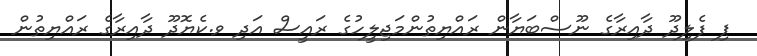
ޕި ފެލިދޫ ދާއިރާގެ ނޫސްބަޔާން ރައްޔިތުންމަޖިލީހުގެ ރައީސް އަދި ވ.ކެޔޮދޫ ދާއިރާގެ ރައްޔިތުން